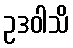
ဥဒဝါသိ